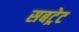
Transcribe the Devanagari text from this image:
सबट्रेट